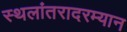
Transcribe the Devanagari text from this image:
स्थलांतरादरम्यान